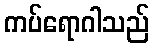
ကပ်ရောဂါသည်